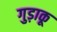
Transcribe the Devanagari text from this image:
गुड़ाकू